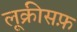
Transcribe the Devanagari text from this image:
लूक्रीसफ़